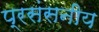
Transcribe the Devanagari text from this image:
प्रसंसनीय